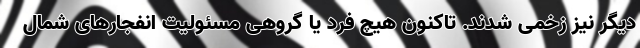
دیگر نیز زخمی شدند. تاکنون هیچ فرد یا گروهی مسئولیت انفجارهای شمال